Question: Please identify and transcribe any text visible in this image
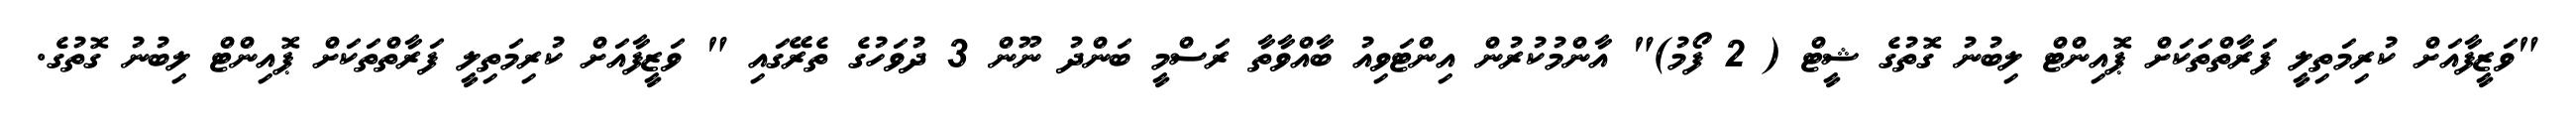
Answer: "ވަޒީފާއަށް ކުރިމަތިލީ ފަރާތްތަކަށް ޕޮއިންޓް ލިބުނު ގޮތުގެ ޝީޓް ( 2 ފޯމު)" އާންމުކުރުން އިންޓަވިއު ބާއްވާތާ ރަސްމީ ބަންދު ނޫން 3 ދުވަހުގެ ތެރޭގައި " ވަޒީފާއަށް ކުރިމަތިލީ ފަރާތްތަކަށް ޕޮއިންޓް ލިބުނު ގޮތުގެ.